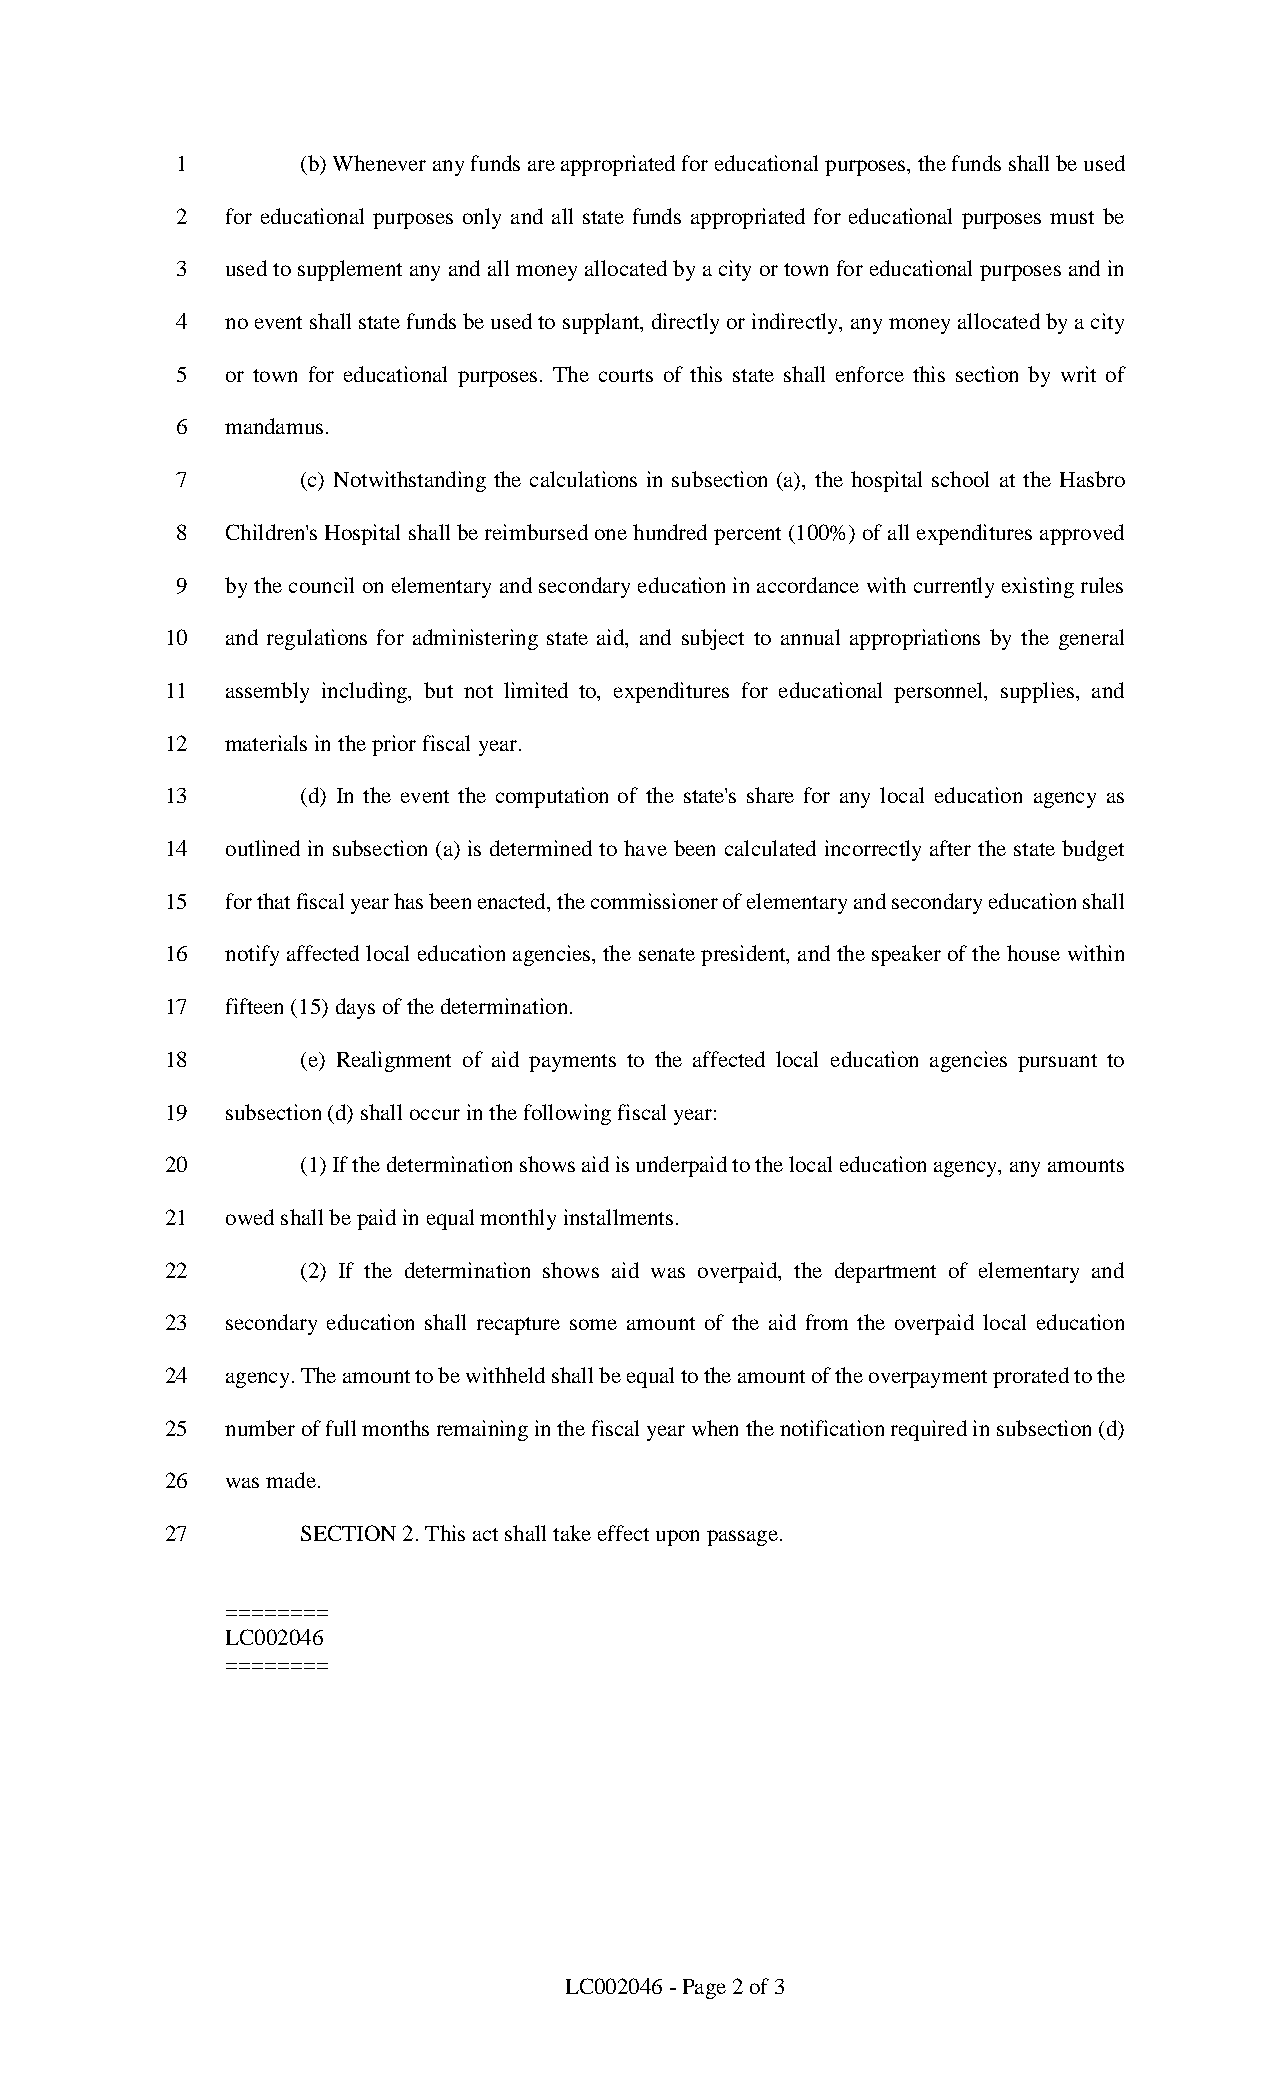
1       (b) Whenever any funds are appropriated for educational purposes, the funds shall be used
 2  for educational purposes only and all state funds appropriated for educational purposes must be
 3  used to supplement any and all money allocated by a city or town for educational purposes and in
 4  no event shall state funds be used to supplant, directly or indirectly, any money allocated by a city
 5  or town for educational purposes. The courts of this state shall enforce this section by writ of
 6  mandamus.
 7       (c) Notwithstanding the calculations in subsection (a), the hospital school at the Hasbro
 8  Children's Hospital shall be reimbursed one hundred percent (100%) of all expenditures approved
 9  by the council on elementary and secondary education in accordance with currently existing rules
 10  and regulations for administering state aid, and subject to annual appropriations by the general
 11  assembly including, but not limited to, expenditures for educational personnel, supplies, and
 12  materials in the prior fiscal year.
 13       (d) In the event the computation of the state's share for any local education agency as
 14  outlined in subsection (a) is determined to have been calculated incorrectly after the state budget
 15  for that fiscal year has been enacted, the commissioner of elementary and secondary education shall
 16  notify affected local education agencies, the senate president, and the speaker of the house within
 17  fifteen (15) days of the determination.
 18       (e) Realignment of aid payments to the affected local education agencies pursuant to
 19  subsection (d) shall occur in the following fiscal year:
 20       (1) If the determination shows aid is underpaid to the local education agency, any amounts
 21  owed shall be paid in equal monthly installments.
 22       (2) If the determination shows aid was overpaid, the department of elementary and
 23  secondary education shall recapture some amount of the aid from the overpaid local education
 24  agency. The amount to be withheld shall be equal to the amount of the overpayment prorated to the
 25  number of full months remaining in the fiscal year when the notification required in subsection (d)
 26  was made.
 27       SECTION 2. This act shall take effect upon passage.
 ========
 LC002046
 ========
 LC002046 - Page 2 of 3